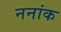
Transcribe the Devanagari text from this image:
ननांक